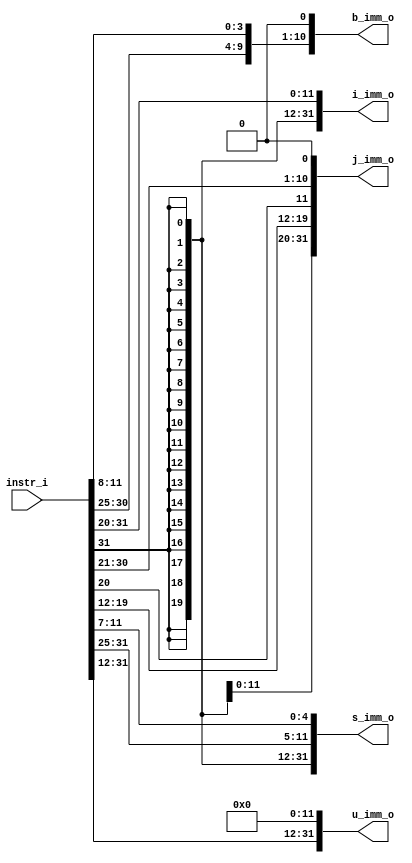
//
//   ______     ___________  ___     ____   ____     _                _     _
//  |  _ \ \   / /___ /___ \|_ _|   / ___| / ___|   | |    ___   __ _(_)___(_)
//  | |_) \ \ / /  |_ \ __) || |    \___ \| |       | |   / _ \ / _` | / __| | '_ ` _ \
//  |  _ < \ V /  ___) / __/ | |     ___) | |___    | |__| (_) | (_| | \__ \ | | | | | |
//  |_| \_\ \_/  |____/_____|___|___|____/ \____|___|_____\___/ \__, |_|___/_|_| |_| |_|
//                             |_____|         |_____|          |___/
//
// Project  https://github.com/meiniKi/RV32I_SC_Logisim/           
// Author   Meinhard Kissich
//
// Usage    Immediate decoder 
//
//

module rv32i_imm( 
   input  wire [31:0] instr_i,
   output wire [31:0] b_imm_o,
   output wire [31:0] i_imm_o,
   output wire [31:0] j_imm_o,
   output wire [31:0] s_imm_o,
   output wire [31:0] u_imm_o
);

   assign i_imm_o = { {21{instr_i[31]}}, instr_i[30:25], instr_i[24:21], instr_i[20] };
   assign s_imm_o = { {21{instr_i[31]}}, instr_i[30:25], instr_i[11:8], instr_i[7] };
   assign b_imm_o = { {20{instr_i[31]}}, instr_i[7], instr_i[30:25], instr_i[11:8], 1'b0 };
   assign u_imm_o = { instr_i[31], instr_i[30:25], instr_i[24:21], instr_i[20], instr_i[19:15], instr_i[14:12], 12'b0};
   assign j_imm_o = { {12{instr_i[31]}}, instr_i[19:15], instr_i[14:12], instr_i[20], instr_i[30:25], instr_i[24:21], 1'b0};

endmodule